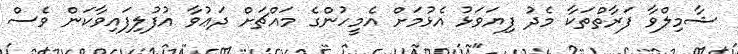
ޝާމިލްވާ ފަރާތްތަކާ މެދު ފިޔަވަޅު އެޅުމަށް އެމީހުންގެ މައްޗަށް ދަޢުވާ އުފުލިފައިވާކަން ވެސް